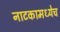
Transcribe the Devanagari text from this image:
नाटकामध्येच